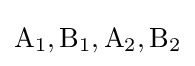
\mathrm {A_{1},B_{1},A_{2},B_{2}}